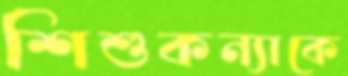
শিশুকন্যাকে